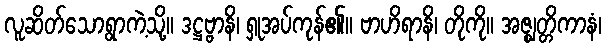
လူဆိတ်သောရွာကဲ့သို့။ ဒဋ္ဌဗ္ဗာနိ၊ ရှုအပ်ကုန်၏။ ဗာဟိရာနိ၊ တိုကို။ အဇ္ဈတ္တိကာနံ၊